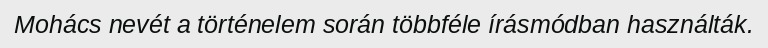
Mohács nevét a történelem során többféle írásmódban használták.